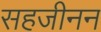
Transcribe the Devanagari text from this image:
सहजीनन